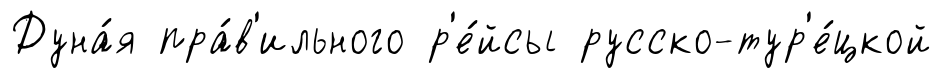
Дуна́я пра́в'ильного р'е́йсы русско-тур'е́цкой